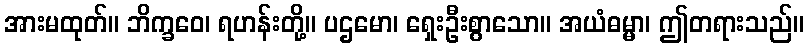
အားမထုတ်။ ဘိက္ခဝေ၊ ရဟန်းတို့။ ပဌမော၊ ရှေးဦးစွာသော။ အယံဓမ္မာ၊ ဤတရားသည်။